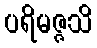
ပရိမဇ္ဇသိ